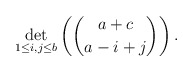
\begin{align*} \det_{1\le i,j\le b}\left(\binom {a+c}{a-i+j}\right). \end{align*}